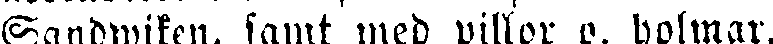
Sandwiken, samt med villor p. holmar.